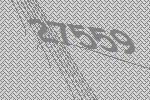
27559